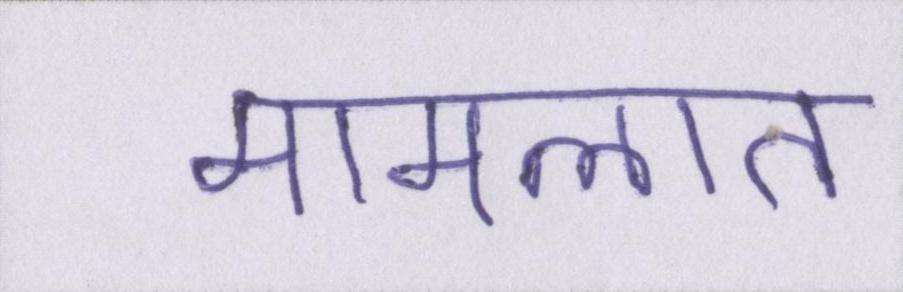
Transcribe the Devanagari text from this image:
मामलात